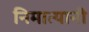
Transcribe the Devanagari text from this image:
निमात्यानी